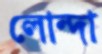
লোন্দা